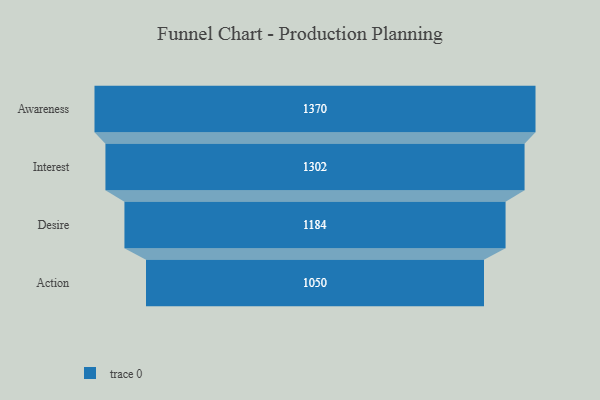
{"axis": {"x": "Stage", "y": "Value"}, "legend": [""], "data": [{"x": "Awareness", "y": 1370.0, "type": ""}, {"x": "Interest", "y": 1302.0, "type": ""}, {"x": "Desire", "y": 1184.0, "type": ""}, {"x": "Action", "y": 1050.0, "type": ""}]}